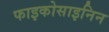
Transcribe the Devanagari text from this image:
फाइकोसाइनिन